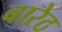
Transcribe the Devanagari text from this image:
बारेठ